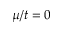
\mu / t = 0